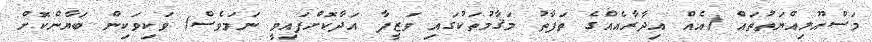
މަސްއޫލިއްޔަތުތައް (އެއް އިދާރާއެއްގެ ތަފާތު މަޤާމުތަކުގައި ވަޒީފާ އަދާކޮށްފައިވީ ނަމަވެސް) ވަކިވަކިން ބަޔާންކޮށް